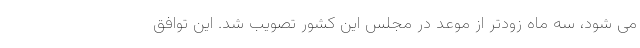
می شود، سه ماه زودتر از موعد در مجلس این کشور تصویب شد. این توافق